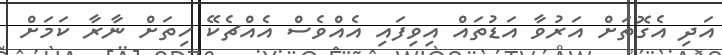
އަދި އެގޮތަށް އަރުވާ އަޑުތައް އިވިފައި އެއްވެސް އެއްޗެކޭ ހިތަށް ނާރާ ކަމަށް